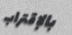
بالإقتراب